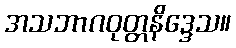
အသဘာဂဝုတ္တနိဒ္ဒေသ။